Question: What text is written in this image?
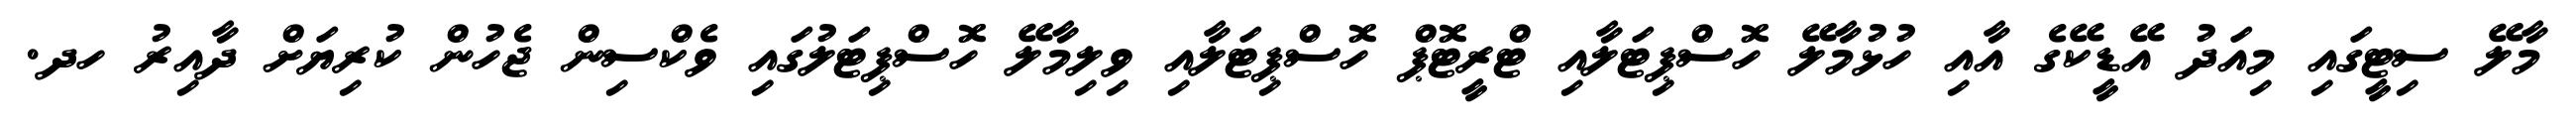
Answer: މާލޭ ސިޓީގައި މިއަދު އޭޑީކޭގެ އާއި ހުޅުމާލޭ ހޮސްޕިޓަލާއި ޓްރީޓޮޕް ހޮސްޕިޓަލާއި ވިލިމާލޭ ހޮސްޕިޓަލުގައި ވެކްސިން ޖެހުން ކުރިޔަށް ދާއިރު ހދ.